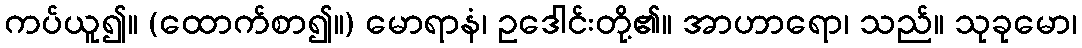
ကပ်ယူ၍။ (ထောက်စာ၍။) မောရာနံ၊ ဥဒေါင်းတို့၏။ အာဟာရော၊ သည်။ သုခုမော၊